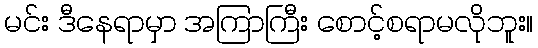
မင်း ဒီနေရာမှာ အကြာကြီး စောင့်စရာမလိုဘူး။